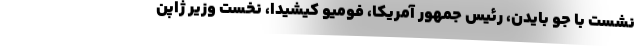
نشست با جو بایدن، رئیس جمهور آمریکا، فومیو کیشیدا، نخست وزیر ژاپن